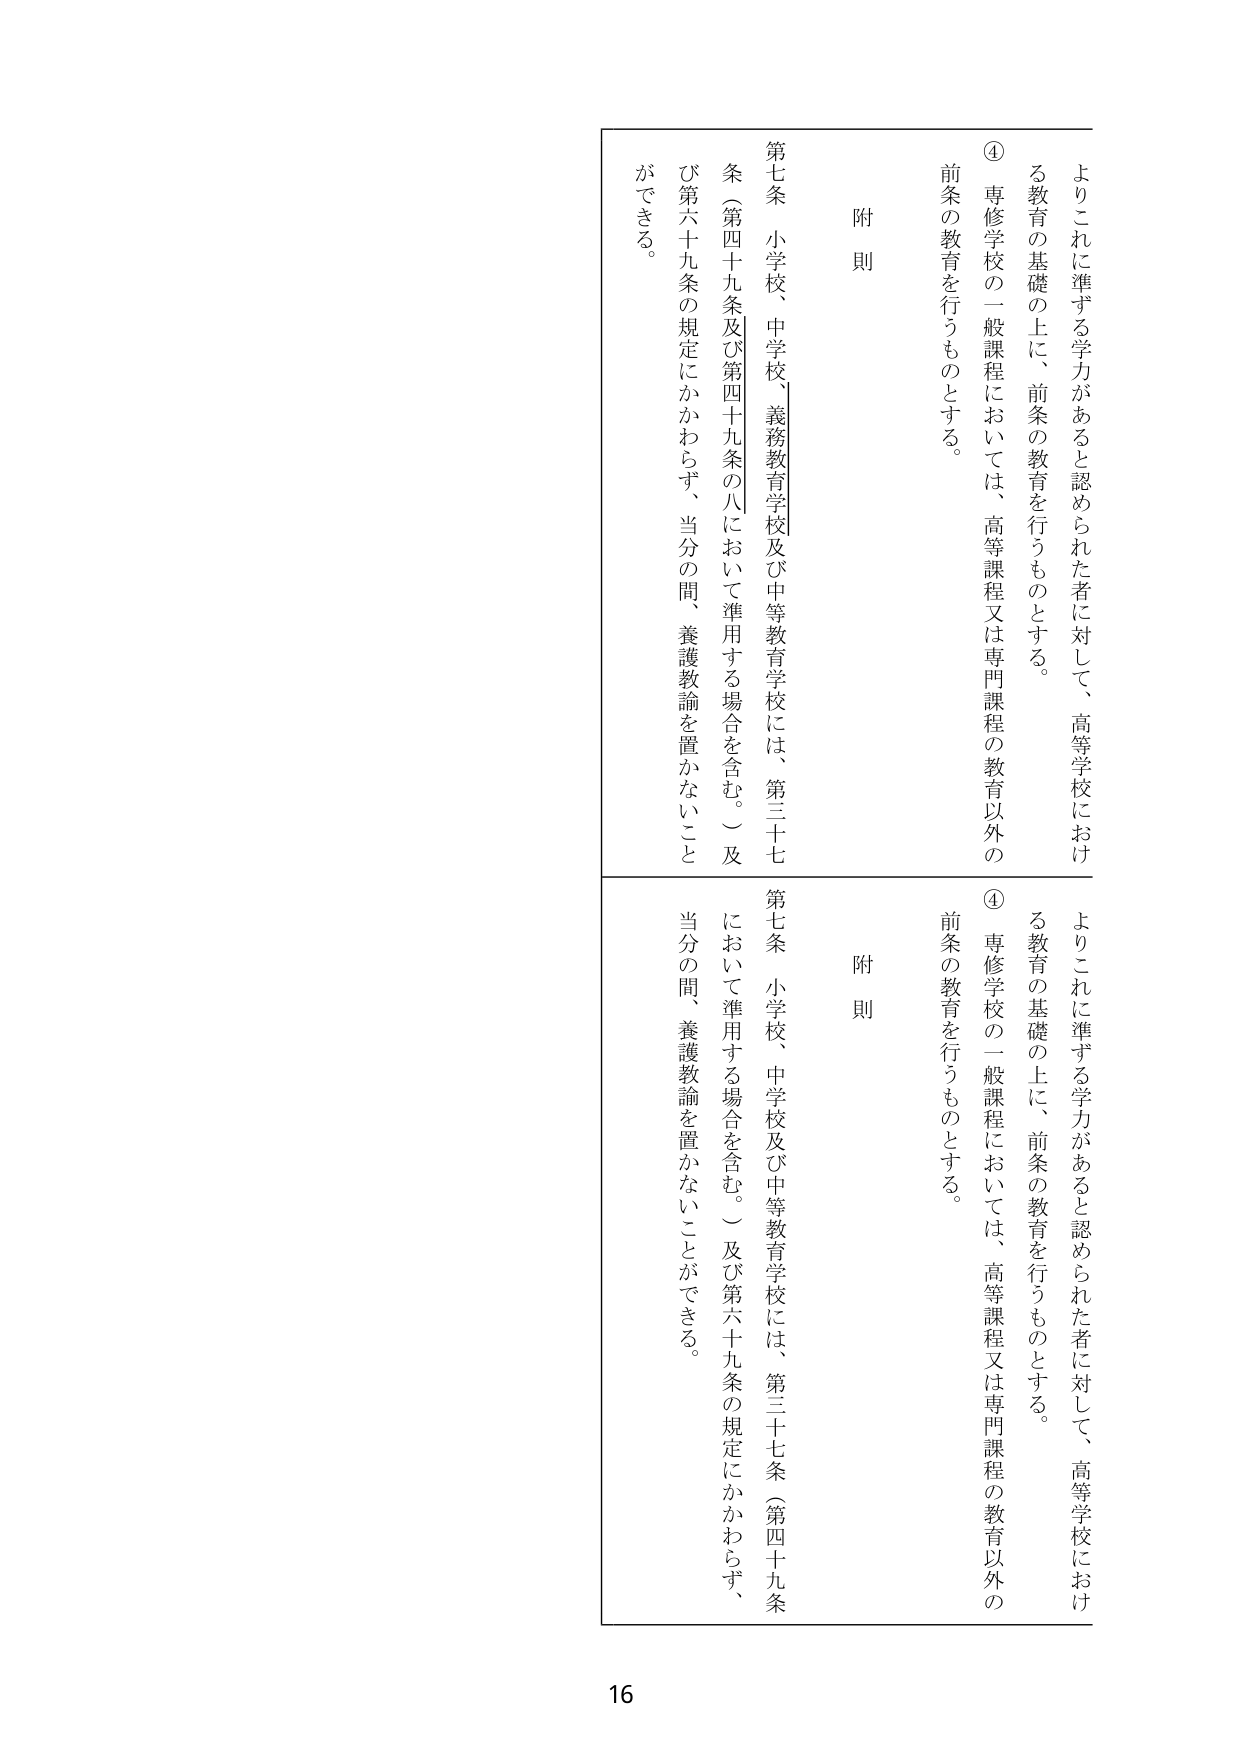
附則

第七条 小学校、中学校、義務教育学校及び中等教育学校には、第三十七条（第四十九条及び第四十九条の八において準用する場合を含む。）及び第六十九条の規定にかかわらず、当分の間、養護教諭を置かないことができる。

④ 専修学校の一般課程においては、高等課程又は専門課程の教育以外の前条の教育を行うものとする。

よりこれに準ずる学力があると認められた者に対して、高等学校における教育の基礎の上に、前条の教育を行うものとする。

附則

第七条 小学校、中学校及び中等教育学校には、第三十七条（第四十九条において準用する場合を含む。）及び第六十九条の規定にかかわらず、当分の間、養護教諭を置かないことができる。

④ 専修学校の一般課程においては、高等課程又は専門課程の教育以外の前条の教育を行うものとする。

よりこれに準ずる学力があると認められた者に対して、高等学校における教育の基礎の上に、前条の教育を行うものとする。

16